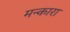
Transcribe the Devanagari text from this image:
मन्कारा